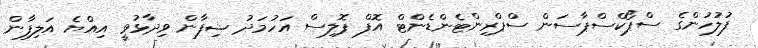
ފުލުހުންގެ ސްޕޯކްސްޕާސަން ސްޕްރިންޓެންޑެންޓް އޮފް ޕޮލިސް އަހުމަދު ޝިފާން ވިދާޅުވީ އިއްޔެ އަލިފާން